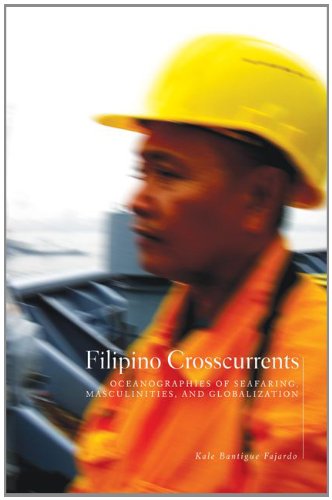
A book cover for Filipino Crosscurrents: Oceanographies of Seafaring, Masculinities, and Globalization; Kale Bantigue Fajardo; History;